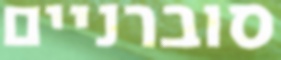
סוברניים